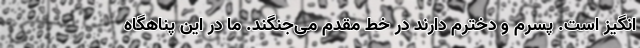
‌انگیز است. پسرم و دخترم دارند در خط مقدم می‌جنگند. ما در این پناهگاه